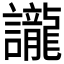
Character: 𮙇